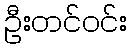
ဦးတင်ဝင်း